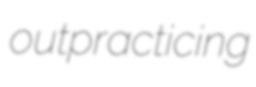
outpracticing